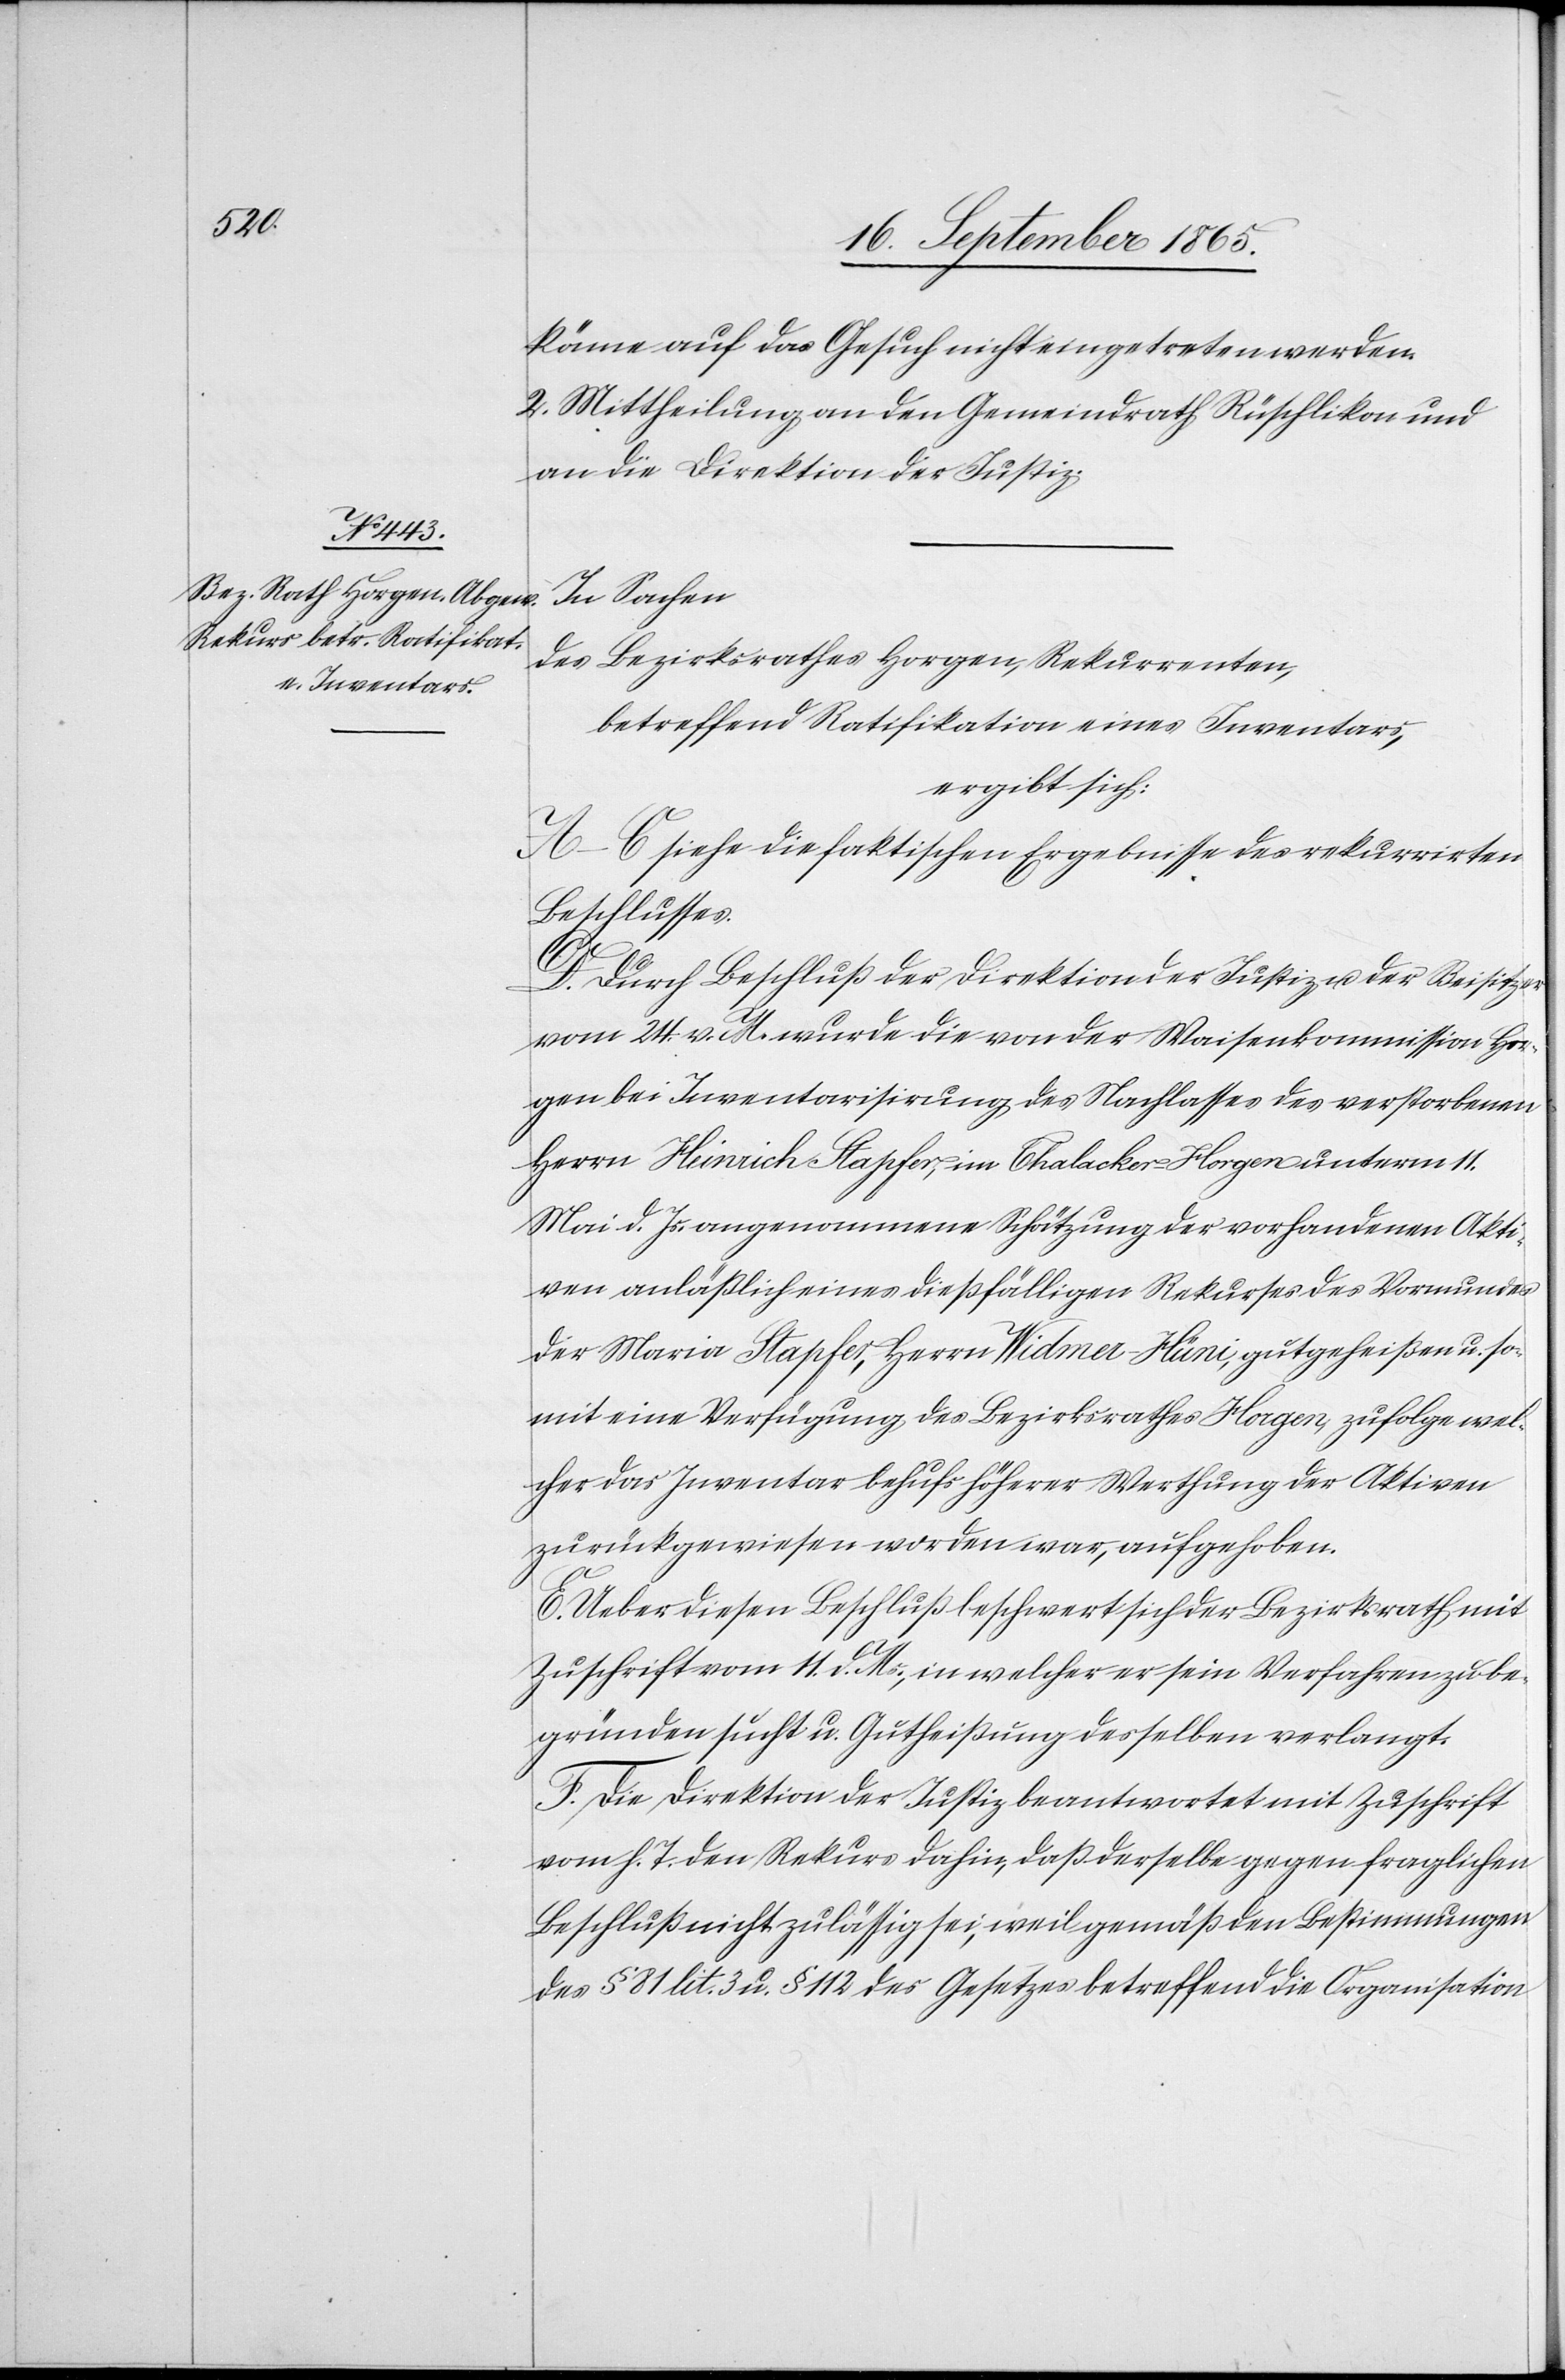
könne auf das Gesuch nicht eingetreten werden.
2. Mittheilung an den Gemeindrath Rüschlikon und
an die Direktion der Justiz.
In Sachen
des Bezirksrathes Horgen, Rekurrenten,
betreffend Ratifikation eines Inventars,
ergibt sich:
A–C siehe die faktischen Ergebnisse des rekurrirten
Beschlusses.
D. Durch Beschluß der Direktion der Justiz u. der Beisitzer
vom 24. v. M. wurde die von der Waisenkommission Hor¬
gen bei Inventarisirung des Nachlasses des verstorbenen
Herrn Heinrich Stapfer, im Thalacker, Horgen unterm 11.
Mai d. Js. angenommene Schützung der vorhandenen Akti¬
ven anläßlich eines dießfälligen Rekurses des Vormundes
der Maria Stapfer, Herrn Widmer-Hüni, gutgeheißen u. so¬
mit eine Verfügung des Bezirksrathes Horgen, zufolge wel¬
cher das Inventar behufs höherer Werthung der Aktiven
zurückgewiesen worden war, aufgehoben.
E. Ueber diesen Beschluß beschwert sich der Bezirksrath mit
Zuschrift vom 11. d. Ms., in welcher er sein Verfahren zu be¬
gründen sucht u. Gutheißung desselben verlangt.
F. Die Direktion der Justiz beantwortet mit Zuschrift
vom h. T. den Rekurs dahin, daß derselbe gegen fraglichen
Beschluß nicht zulässig sei, weil gemäß den Bestimmungen
des § 81 lit. 3 u. § 112 des Gesetzes betreffend die Organisation